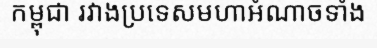
កម្ពុជា រវាងប្រទេសមហាអំណាចទាំង